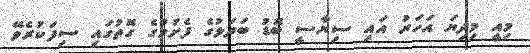
މިއީ މިދިޔަ އަހަރު އައި ސިޔާސީ ބޮޑު ބަދަލުގެ ފެށުމުގެ ގޮތުގައި ސިފަކުރެވޭ